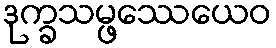
ဒုက္ခသမ္ဖဿေယေဝ